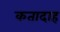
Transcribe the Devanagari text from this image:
कतादाह